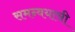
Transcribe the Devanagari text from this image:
समन्वयाची